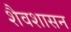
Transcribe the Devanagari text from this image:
शैवशासन